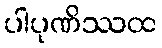
ပါပုဏိဿထ